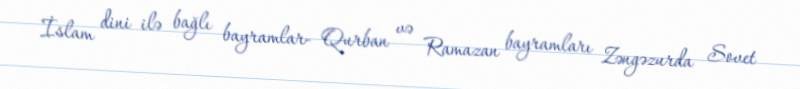
İslam dini ilə bağlı bayramlar- Qurban və Ramazan bayramları Zəngəzurda Sovet